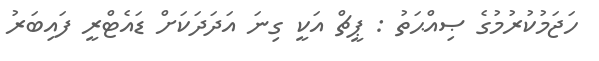
ހަޖަމުކުރުމުގެ ޞިއްޙަތު : ޕީޗް އަކީ ގިނަ އަދަދަކަށް ޑައެޓްރީ ފައިބަރު